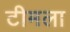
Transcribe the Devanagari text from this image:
टीमला